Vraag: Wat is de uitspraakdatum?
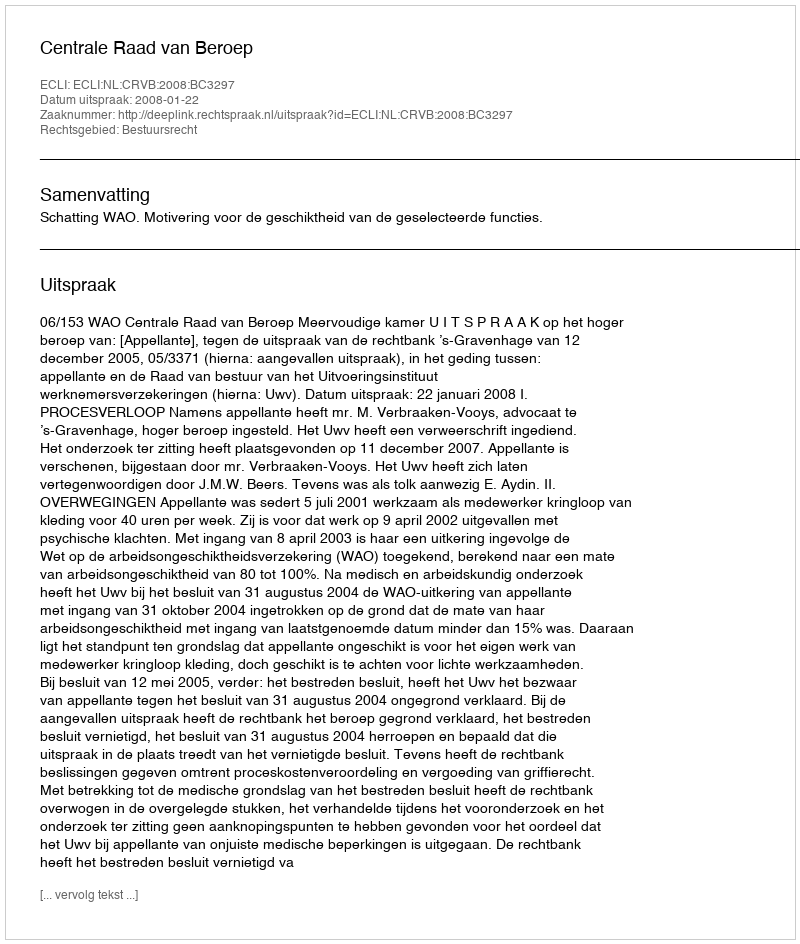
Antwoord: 2008-01-22